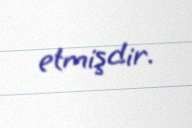
etmişdir.